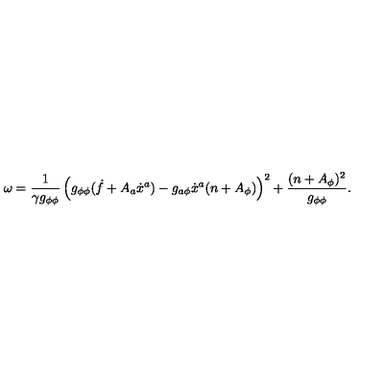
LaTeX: \omega = \frac { 1 } { \gamma g _ { \phi \phi } } \left( g _ { \phi \phi } ( \dot { f } + A _ { a } \dot { x } ^ { a } ) - g _ { a \phi } \dot { x } ^ { a } ( n + A _ { \phi } ) \right) ^ { 2 } + \frac { ( n + A _ { \phi } ) ^ { 2 } } { g _ { \phi \phi } } .